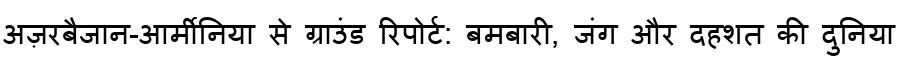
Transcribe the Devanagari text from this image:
अज़रबैजान-आर्मीनिया से ग्राउंड रिपोर्ट: बमबारी, जंग और दहशत की दुनिया